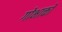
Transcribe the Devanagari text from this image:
गोभाक्तो